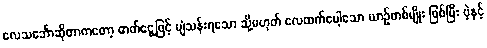
လေသင်္ဘောဆိုတာကတော့ ဓာတ်ငွေ့ဖြင့် ပျံသန်းရသော သို့မဟုတ် လေထက်ပေါ့သော ယာဉ်တစ်မျိုး ဖြစ်ပြီး ပဲ့နှင့်